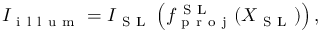
I _ { \mathrm { ~ i ~ l ~ l ~ u ~ m ~ } } = I _ { \mathrm { ~ S ~ L ~ } } \left( f _ { \mathrm { ~ p ~ r ~ o ~ j ~ } } ^ { \mathrm { ~ S ~ L ~ } } ( X _ { \mathrm { ~ S ~ L ~ } } ) \right) ,